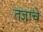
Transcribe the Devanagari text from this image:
तज्ञाचे